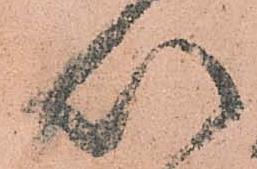
以